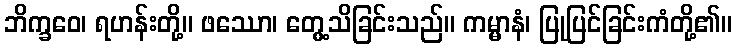
ဘိက္ခဝေ၊ ရဟန်းတို့။ ဖဿော၊ တွေ့သိခြင်းသည်။ ကမ္မာနံ၊ ပြုပြင်ခြင်းကံတို့၏။